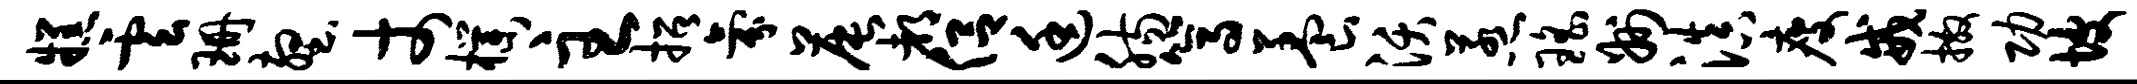
糕云珊壑丈朴主招氛晨都侣廷肠篙养沃惹瑶州滇瘦戒撒功坡